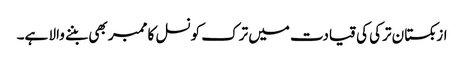
ازبکستان ترکی کی قیادت میں ترک کونسل کا ممبر بھی بننے والا ہے۔